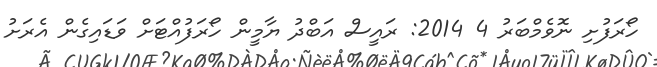
ހޯރަފުށި ނޮވެމްބަަރު 4 2014: ރައީސް އަބްދު ޔާމީން ހޯރަފުއްޓަށް ވަޑައިގެން އެރަށު